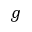
g